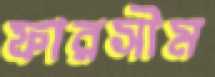
ফারসীম